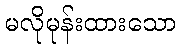
မလိုမုန်းထားသော